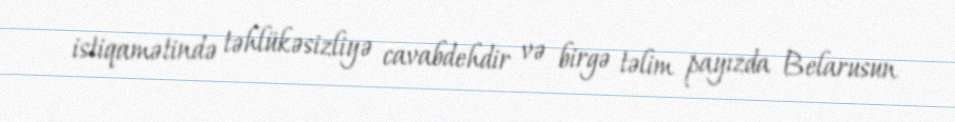
istiqamətində təhlükəsizliyə cavabdehdir və birgə təlim payızda Belarusun